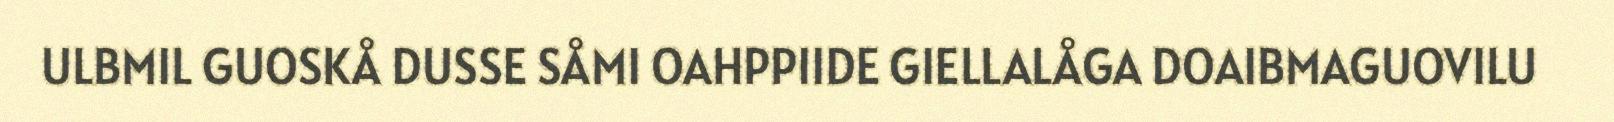
ULBMIL GUOSKÅ DUSSE SÅMI OAHPPIIDE GIELLALÅGA DOAIBMAGUOVILU